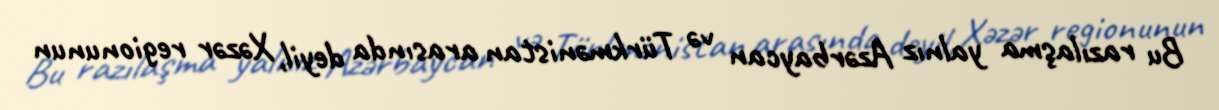
Bu razılaşma yalnız Azərbaycan və Türkmənistan arasında deyil, Xəzər regionunun